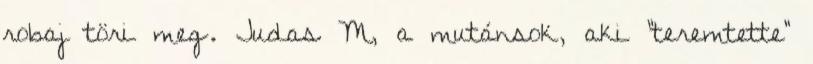
robaj töri meg. Judas M, a mutánsok, aki "teremtette"